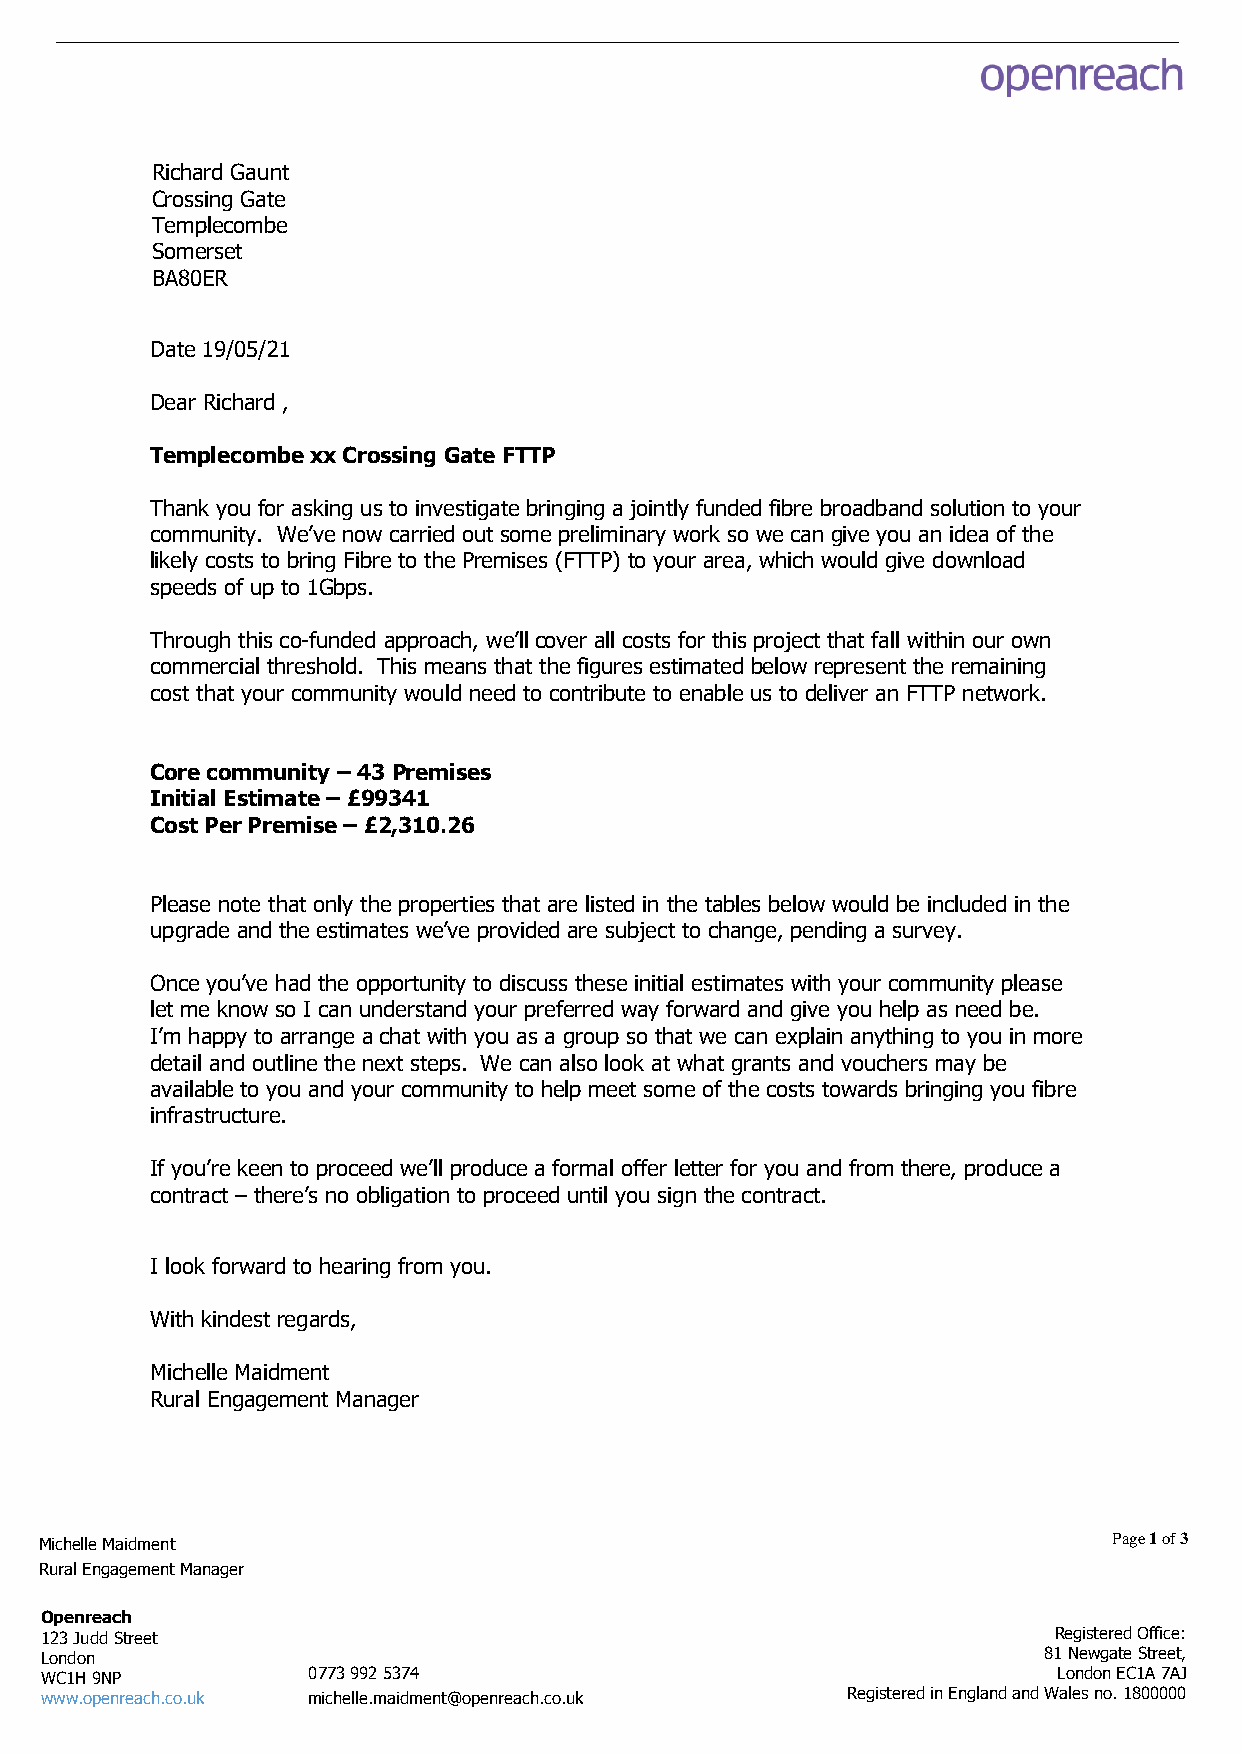
Richard Gaunt
 Crossing Gate
 Templecombe
 Somerset
 BA80ER
 Date 19/05/21
 Dear Richard ,
 Templecombe xx Crossing Gate FTTP
 Thank you for asking us to investigate bringing a jointly funded fibre broadband solution to your
 community. We’ve now carried out some preliminary work so we can give you an idea of the
 likely costs to bring Fibre to the Premises (FTTP) to your area, which would give download
 speeds of up to 1Gbps.
 Through this co-funded approach, we’ll cover all costs for this project that fall within our own
 commercial threshold. This means that the figures estimated below represent the remaining
 cost that your community would need to contribute to enable us to deliver an FTTP network.
 Core community – 43 Premises
 Initial Estimate – £99341
 Cost Per Premise – £2,310.26
 Please note that only the properties that are listed in the tables below would be included in the
 upgrade and the estimates we’ve provided are subject to change, pending a survey.
 Once you’ve had the opportunity to discuss these initial estimates with your community please
 let me know so I can understand your preferred way forward and give you help as need be.
 I’m happy to arrange a chat with you as a group so that we can explain anything to you in more
 detail and outline the next steps. We can also look at what grants and vouchers may be
 available to you and your community to help meet some of the costs towards bringing you fibre
 infrastructure.
 If you’re keen to proceed we’ll produce a formal offer letter for you and from there, produce a
 contract – there’s no obligation to proceed until you sign the contract.
 Templecombe xx Crossing Gate
 I look forward to hearing from you.
 With kindest regards,
 Michelle Maidment
 Rural Engagement Manager
 Michelle Maidment                                                      Page 1 of 3
 Rural Engagement Manager
 Openreach
 123 Judd Street                                                    Registered Office:
 London                                                            81 Newgate Street,
 WC1H 9NP         0773 992 5374                                     London EC1A 7AJ
 www.openreach.co.uk michelle.maidment@openreach.co.uk Registered in England and Wales no. 1800000